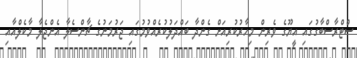
ސްޓްރާސްބާގުގައި އީޔޫގެ ވެރިން މިހާރުކުރިއަށް ގެންދާ ބައްދަލުކުރެއްވުމުގައި ޖަރުމަނުގެ ޗާންސެލާ އެންޖެލާ މާކެލްއާއި